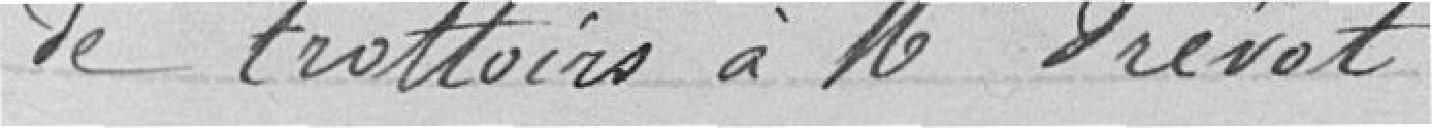
de trottoirs à Mr Prévot